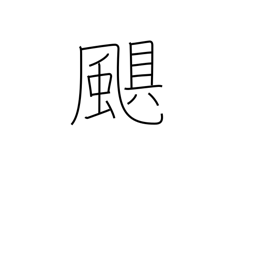
Meaning: storm